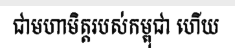
ជាមហាមិត្តរបស់កម្ពុជា ហើយ